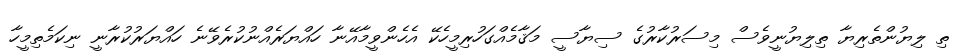
ތި ލިޔުންތެރިޔާ ތިލިޔުނީވެސް މިސަރުކާރުގެ ސިޔާސީ މަޤާމެއްގަހުރިމީހެކޭ އެހެންވީމާއޭނާ ހައްޔަރެއްނުކުރެވޭނެ ހައްޔަރުކުރާނީ ނިކަމެތިމީހާ